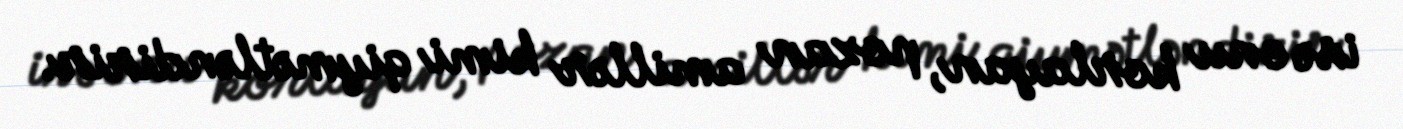
isə onu korlayan, pozan amillər kimi qiymətləndirir.